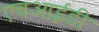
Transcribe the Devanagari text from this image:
एचआईडी